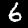
Label: 6